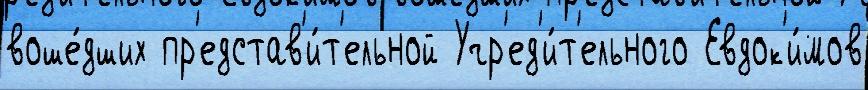
воше́дших пр'едстав'и́т'ельной Учр'ед'и́т'ельного Евдок'и́мов